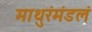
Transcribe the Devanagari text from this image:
माथुरंमंडलं